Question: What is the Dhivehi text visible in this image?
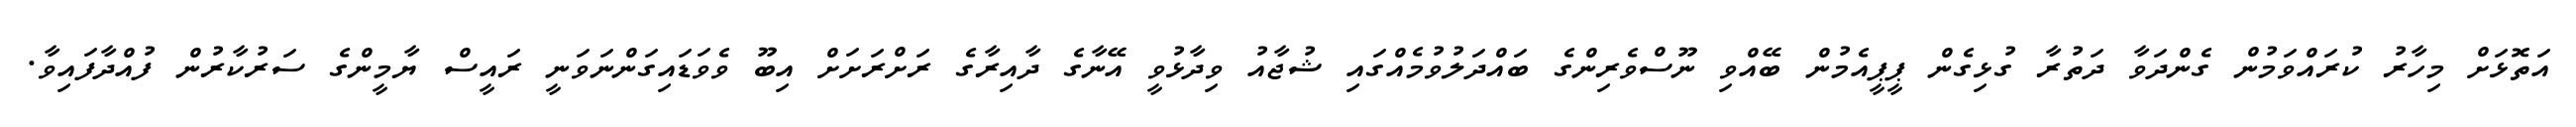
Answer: އަތޮޅަށް މިހާރު ކުރައްވަމުން ގެންދަވާ ދަތުރާ ގުޅިގެން ޕީޕީއެމުން ބޭއްވި ނޫސްވެރިންގެ ބައްދަލުވުމެއްގައި ޝުޖާއު ވިދާޅުވީ އޭނާގެ ދާއިރާގެ ރަށްރަށަށް އިބޫ ވެވަޑައިގަންނަވަނީ ރައީސް ޔާމީންގެ ސަރުކާރުން ފުއްދާފައިވާ.